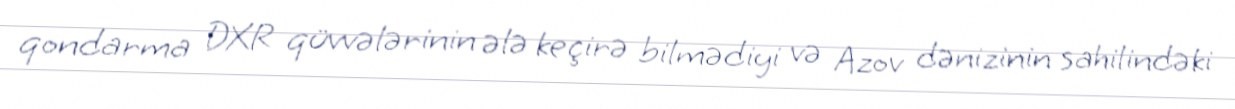
qondarma DXR qüvvələrinin ələ keçirə bilmədiyi və Azov dənizinin sahilindəki